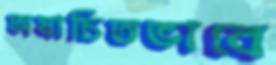
অযাচিতভাবে